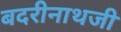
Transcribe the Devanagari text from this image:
बदरीनाथजी